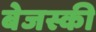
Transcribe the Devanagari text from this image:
बेजस्की